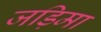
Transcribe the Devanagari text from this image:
जड़िमा